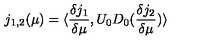
j _ { 1 , 2 } ( \mu ) = \langle \frac { \delta j _ { 1 } } { \delta \mu } , U _ { 0 } D _ { 0 } ( \frac { \delta j _ { 2 } } { \delta \mu } ) \rangle